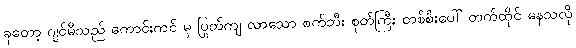
ခုတော့ ဂျင်မီသည် ကောင်းကင် မှ ပြုတ်ကျ လာသော စက်ဘီး စုတ်ကြီး တစ်စီးပေါ် တက်ထိုင် နေသလို